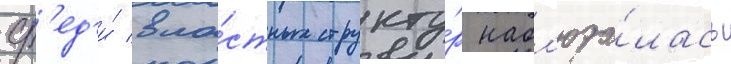
ср'ед'и́ вла́стных структу́р набл'юда́лась